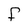
Character: F